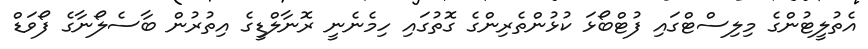
އެތުލީޓުންގެ މިލިސްޓްގައި ފުޓްބޯޅަ ކުޅުންތެރިންގެ ގޮތުގައި ހިމެނެނީ ރޮނާލްޑީގެ އިތުރުން ބާސެލޯނާގެ ފޯވަޑް